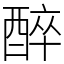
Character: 醉